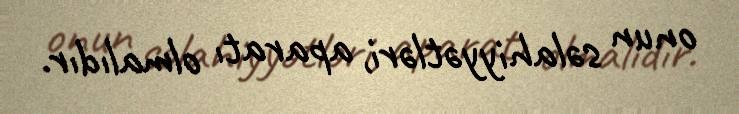
onun səlahiyyətləri, aparatı olmalıdır.